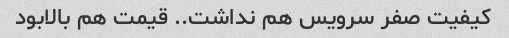
کیفیت صفر سرویس هم نداشت.. قیمت هم بالابود